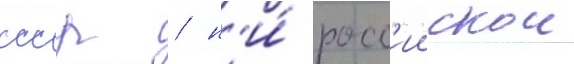
ссср / н'и́ росс'иискои